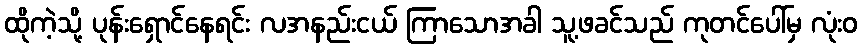
ထိုကဲ့သို့ ပုန်းရှောင်နေရင်း လအနည်းငယ် ကြာသောအခါ သူ့ဖခင်သည် ကုတင်ပေါ်မှ လုံးဝ